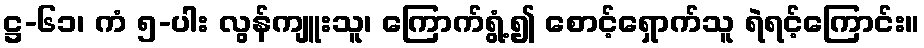
ဋ္ဌ-၆၁၊ ကံ ၅-ပါး လွန်ကျူးသူ၊ ကြောက်ရွံ့၍ စောင့်ရှောက်သူ ရဲရင့်ကြောင်း။